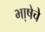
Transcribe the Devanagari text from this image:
भा़षेचे